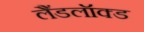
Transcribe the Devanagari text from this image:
लैंडलॉक्ड